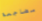
مضاجعة